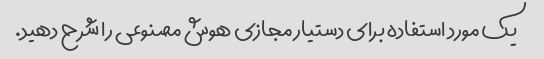
یک مورد استفاده برای دستیار مجازی هوش مصنوعی را شرح دهید.